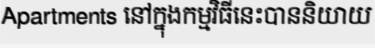
Apartments នៅក្នុងកម្មវិធីនេះបាននិយាយ